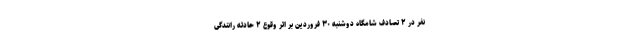
نفر در ۲ تصادف شامگاه دوشنبه ۳۰ فروردین بر اثر وقوع ۲ حادثه رانندگی